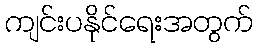
ကျင်းပနိုင်ရေးအတွက်